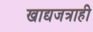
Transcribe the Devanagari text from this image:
खाद्यजत्राही